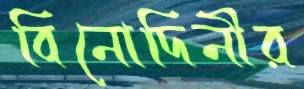
বিনোদিনীর